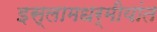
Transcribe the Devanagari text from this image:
इस्लामधर्मीयांत